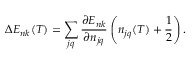
\Delta E _ { n k } ( T ) = \sum _ { j q } \frac { \partial E _ { n k } } { \partial n _ { j q } } \left( n _ { j q } ( T ) + \frac { 1 } { 2 } \right) .